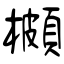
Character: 櫇